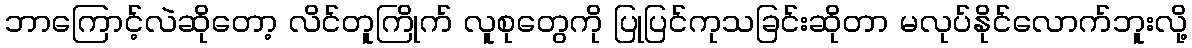
ဘာကြောင့်လဲဆိုတော့ လိင်တူကြိုက် လူစုတွေကို ပြုပြင်ကုသခြင်းဆိုတာ မလုပ်နိုင်လောက်ဘူးလို့